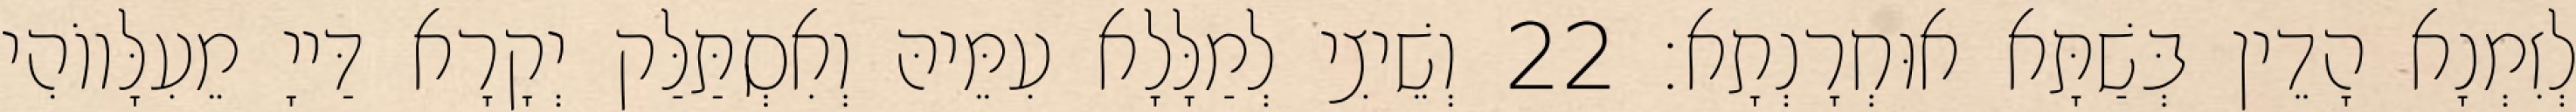
לְזִמְנָא הָדֵין בְּשַׁתָּא אוּחְרָנְתָא׃ 22 וְשֵׁיצִי לְמַלָּלָא עִמֵּיהּ וְאִסְתַּלַּק יְקָרָא דַּייָ מֵעִלָּווֹהִי